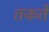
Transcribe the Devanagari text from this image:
तकते